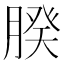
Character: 𦝢